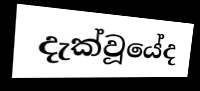
දැක්වූයේද